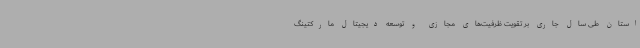
استان طی سال جاری بر تقویت ظرفیت‌های مجازی و توسعه دیجیتال مارکتینگ